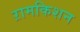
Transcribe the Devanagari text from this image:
ऱामकिशन